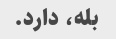
بله، دارد.